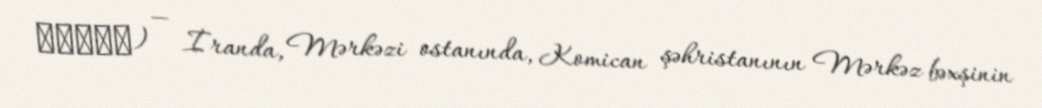
کلوان) — İranda, Mərkəzi ostanında, Komican şəhristanının Mərkəz bəxşinin